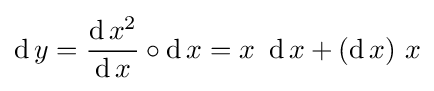
\operatorname {d} y={\frac {\operatorname {d} x^{2}}{\operatorname {d} x}}\circ \operatorname {d} x=x\ \operatorname {d} x+(\operatorname {d} x)\ x